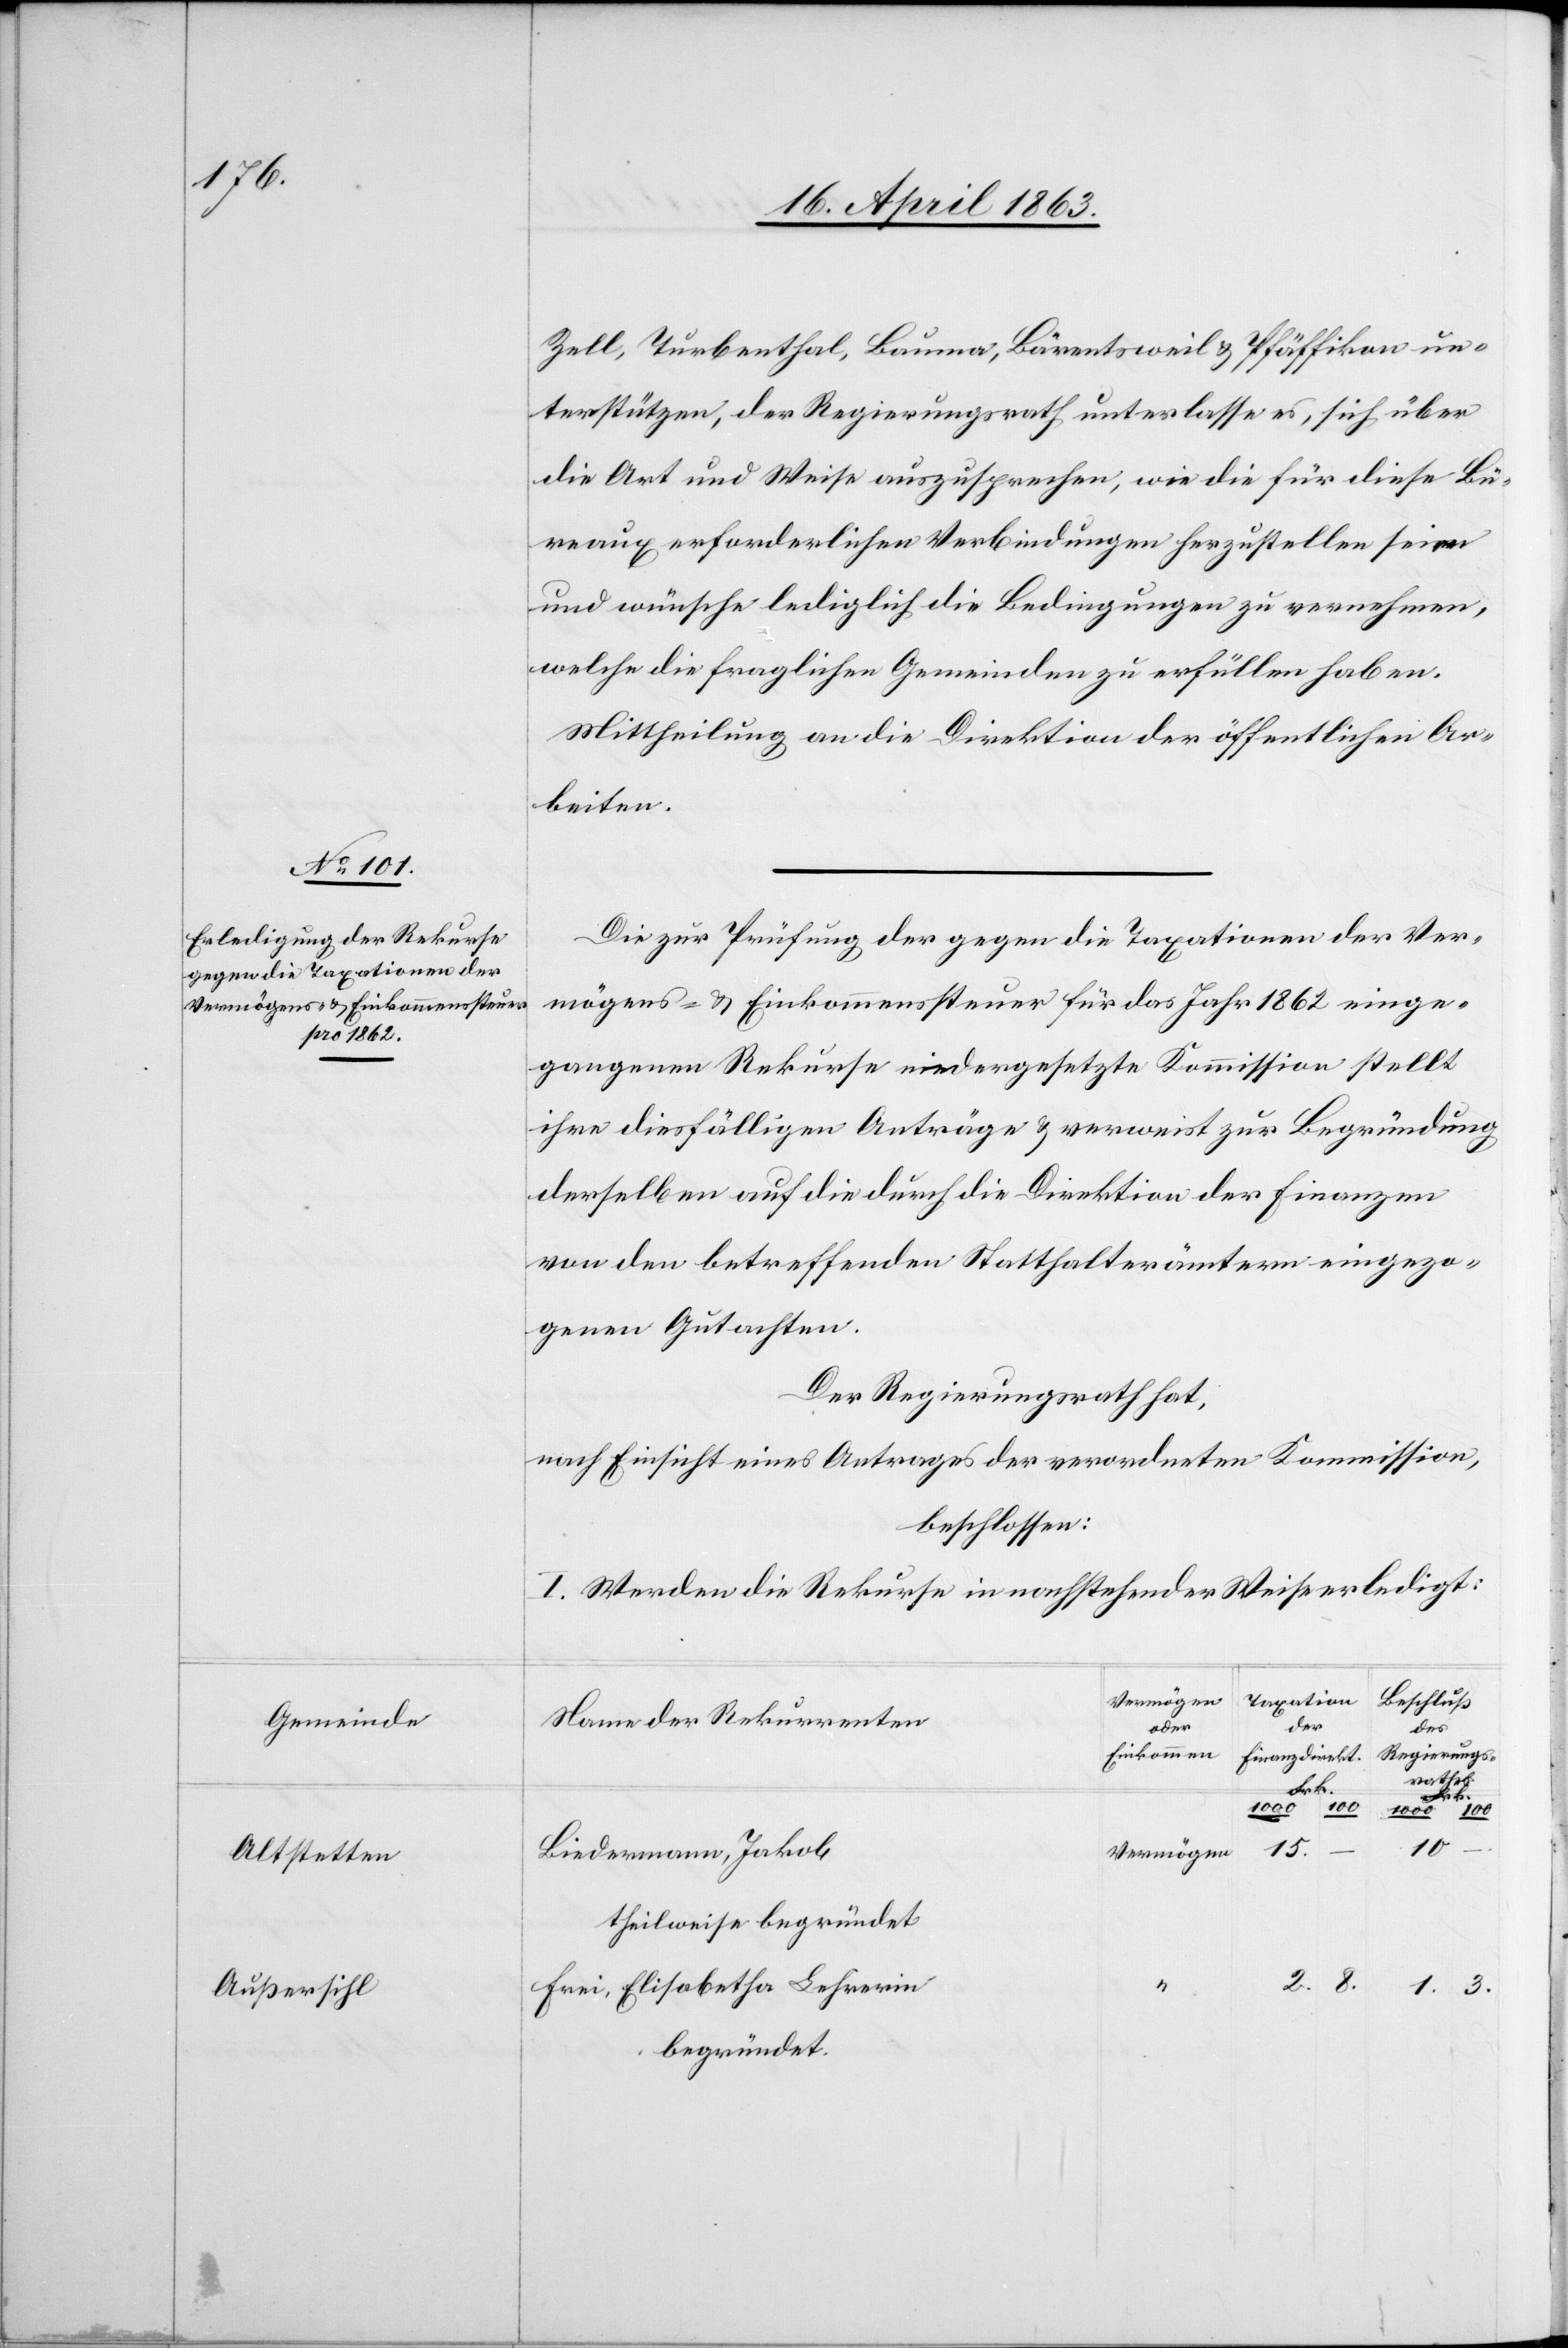
Gemeinde
Altstetten
Außersihl

Zell, Turbenthal, Bauma, Bärentsweil & Pfäffikon un¬
terstützen, der Regierungsrath unterlasse es, sich über
die Art und Weise auszusprechen, wie die für diese Bü¬
reaux erforderlichen Verbindungen herzustellen seien
und wünsche lediglich die Bedingungen zu vernehmen,
welche die fraglichen Gemeinden zu erfüllen haben.
Mittheilung an die Direktion der öffentlichen Ar¬
beiten.
Die zur Prüfung der gegen die Taxationen der Ver¬
mögens- & Einkommenssteuer für das Jahr 1862 einge¬
gangenen Rekurse niedergesetzte Kommission stellt
ihre diesfälligen Anträge & verweist zur Begründung
derselben auf die durch die Direktion der Finanzen
von den betreffenden Statthalterämtern eingezo¬
genen Gutachten.
Der Regierungsrath hat,
nach Einsicht eines Antrages der verordneten Kommission,
beschlossen:
I. Werden die Rekurse in nachstehender Weise erledigt:
Taxation
Beschluß
Name der Rekurrenten
der
oder
des
Einkommen
Regierungs-r¬
Finanz-direkt.
athes.
Frk.
10
1.
Vermögen
–
Biedermann, Jakob
theilweise begründet
3.
8.
Frei, Elisabetha Lehrerin
begründet